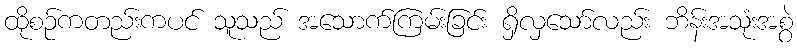
ထိုစဉ်ကတည်းကပင် သူသည် အသောက်ကြမ်းခြင်း ရှိလှသော်လည်း ဘိန်းအသုံးအစွဲ